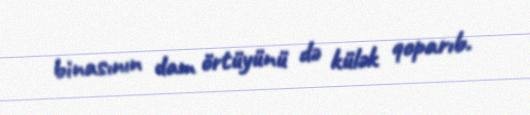
binasının dam örtüyünü də külək qoparıb.